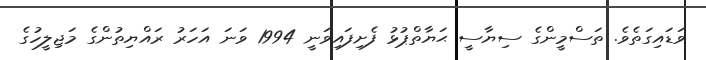
ވަޑައިގަތެވެ. ތަސްމީންގެ ސިޔާސީ ޙަޔާތްޕުޅު ފެށިފައިވަނީ 1994 ވަނަ އަހަރު ރައްޔިތުންގެ މަޖިލީހުގެ